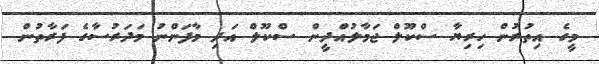
މީގެ އިތުރުން ހިރިޔާ ސްކޫލް ޖަމާލުއްދީން ސްކޫލް އަދި މާފަންނު މަދަރުސާގެ ފަރާތުން